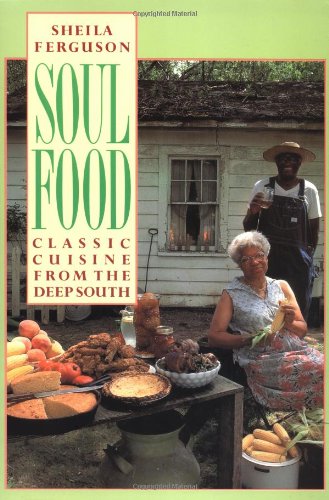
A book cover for Soul Food: Classic Cuisine from the Deep South; Sheila Ferguson; Cookbooks, Food & Wine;